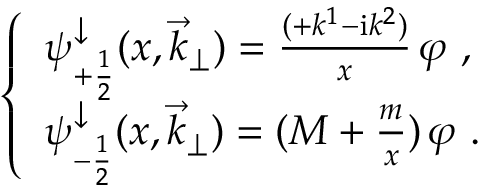
\left\{ \begin{array} { l } { { \psi _ { + \frac { 1 } { 2 } } ^ { \downarrow } ( x , { \vec { k } } _ { \perp } ) = \frac { ( + k ^ { 1 } - { \mathrm i } k ^ { 2 } ) } { x } \, \varphi \ , } } \\ { { \psi _ { - \frac { 1 } { 2 } } ^ { \downarrow } ( x , { \vec { k } } _ { \perp } ) = ( M + \frac { m } { x } ) \, \varphi \ . } } \end{array} \right.